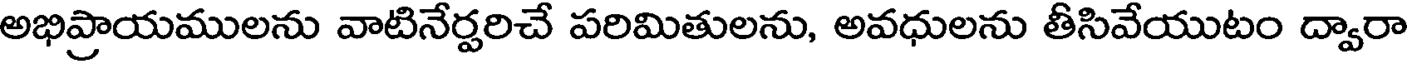
అభిప్రాయములను వాటినేర్పరిచే పరిమితులను, అవధులను తీసివేయుటం ద్వారా